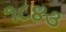
૧૮૪૩